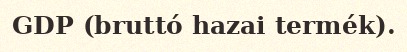
GDP (bruttó hazai termék).